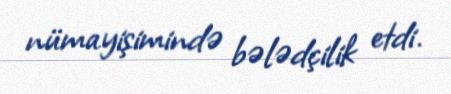
nümayişimində bələdçilik etdi.